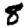
Digit: 8